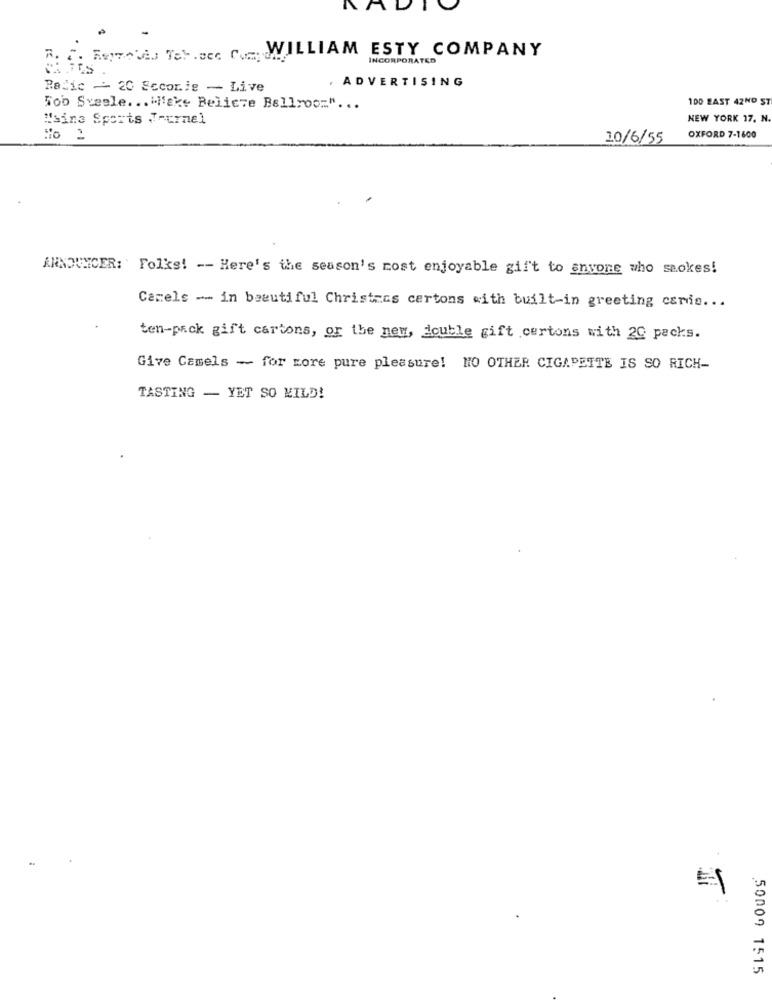
WILLIAM ESTY COMPANY
R.
INCORPORATED
ADVERTISING
Radic - 20 Ecconle - Live
100 EAST 42ND ST
Tob Sveele ... "Make Believe Ballroom" ...
"sina Sports Journel
NEW YORK 17, N.
10/6/55
OXFORD 7-1600
ANNOUNCER: Folks! -- Here's the season's most enjoyable gif't to anyone who seokes!
Camels -- in beautiful Christies certons with built-in greeting cardis ...
ten-pack gift cartons, or the new, double gift certons with 20 packs.
Give Camels - for more pure pleasure! NO OTHER CIGARETTE IS SO RICH-
TASTING - YET SO KILD!
=1
50009 1515